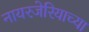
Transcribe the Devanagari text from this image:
नायरजेरियाच्या